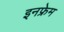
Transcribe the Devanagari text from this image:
इनफ्रेम